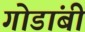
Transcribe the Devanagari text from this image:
गोडांबी